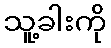
သူ့ခါးကို